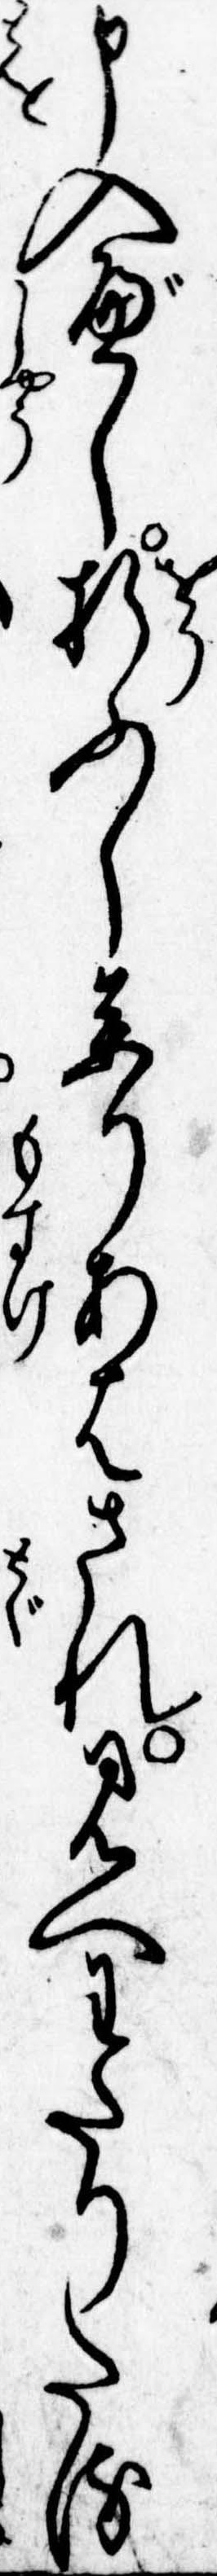
申入べし折ふし参りあはされ見へわたりたる